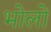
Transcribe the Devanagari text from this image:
भोलों